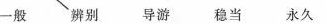
一般 辨别 导游 稳当 永久